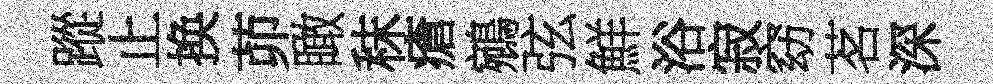
蹤止换茆瞰秣瘡鵷弦鮮浴寂窈茗深